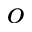
^ { o }